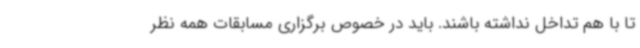
تا با هم تداخل نداشته باشند. باید در خصوص برگزاری مسابقات همه نظر